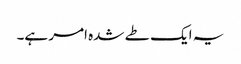
یہ ایک طے شدہ امر ہے۔